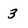
Character: 3